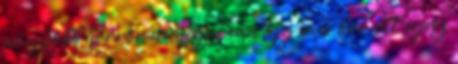
nagyobb horror nemigen van Igy van, bar ott egesz